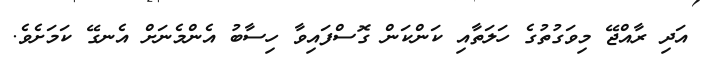
އަދި ރާއްޖޭ މިވަގުތުގެ ހަލަތާއި ކަންކަން ގޮސްފައިވާ ހިސާބު އެންމެނަށް އެނގޭ ކަމަށެވެ.